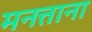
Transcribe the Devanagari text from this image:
मनत्ताना